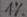
Text: 1%